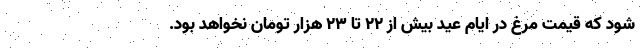
شود که قیمت مرغ در ایام عید بیش از ۲۲ تا ۲۳ هزار تومان نخواهد بود.